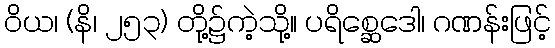
ဝိယ၊ (နိ၊ ၂၅၃) တို့၌ကဲ့သို့။ ပရိစ္ဆေဒေါ၊ ဂဏန်းဖြင့်